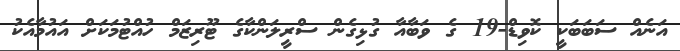
އަނެއް ސަބަބަކީ ކޮވިޑް-19 ގެ ވަބާއާ ގުޅިގެން ސްރީލަންކާގެ ޓޫރިޒަމް ހުއްޓުމަކަށް އައުމާއެކު